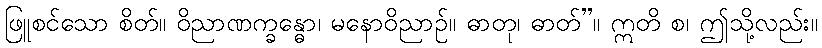
ဖြူစင်သော စိတ်။ ဝိညာဏက္ခန္ဓော၊ မနောဝိညာဉ်။ ဓာတု၊ ဓာတ်”။ ဣတိ စ၊ ဤသို့လည်း။